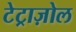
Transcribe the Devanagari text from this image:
टेट्राज़ोल